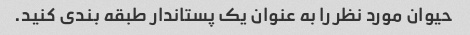
حیوان مورد نظر را به عنوان یک پستاندار طبقه بندی کنید.